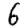
Digit: 6